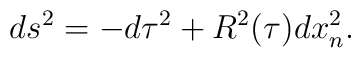
ds^2 =-d\tau^2 +R^2(\tau)dx_n^2.